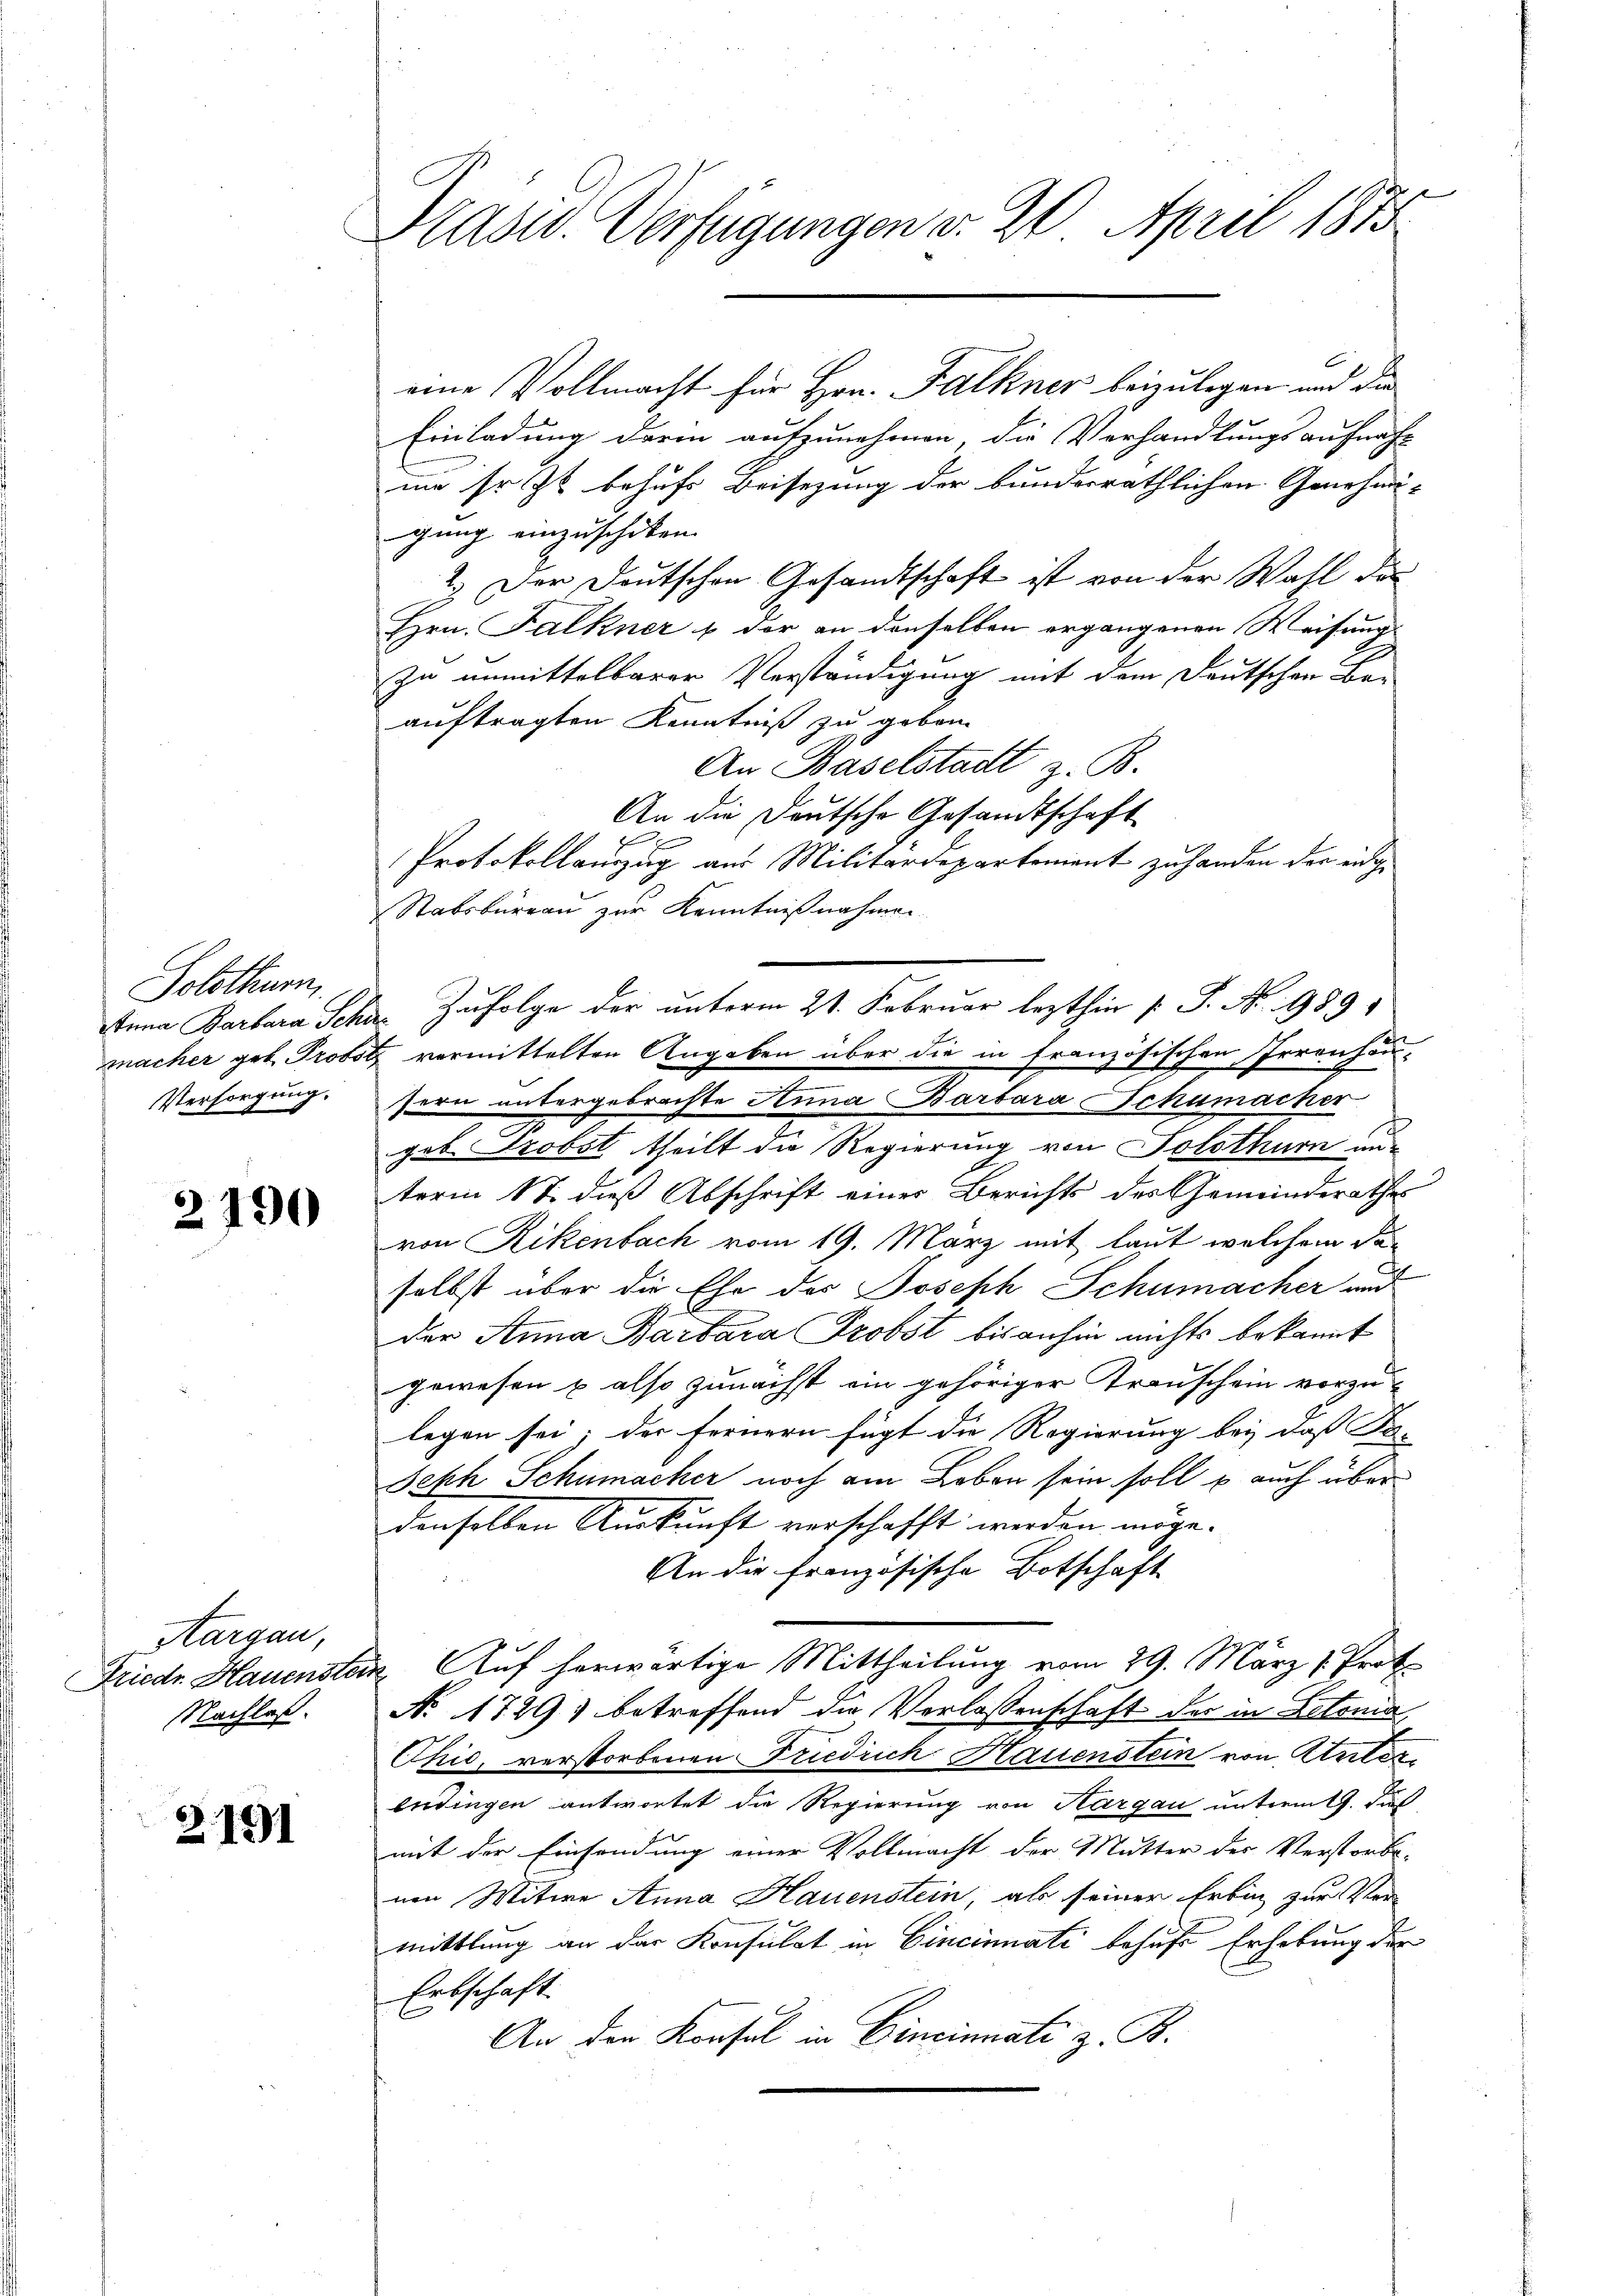
Solothurn
Versorgung.

2190

Aargau,
Nachlaß.

2191

Präsid. Verfügungen v. 20. April 1875

Einladung darin aufzunehmen, die Verhandlungsaufnah-
mme Er zu behufs Beisezung der bunderräthlichen Genehmi-
gung einzuschiken.
2.) Der Deutschen Gesandtschaft ist von der Wahl des
Hrn. Falkner & der an denselben ergangenen Weisung
zu unmittelbarer Verständigung mit dem Deutschen Be-
auftragten Kenntniß zu geben.
An Baselstadt z. B.
An die Deutsche Gesandtschaft
2 x
Protokollauszug aus Militärdepartement zu handen der einge
Stabsbureau zur Kenntnißnahmen
stina Barbara Schan Zufolge der unterm 21. Februar lezthin 1 S. No 989.
macher geb. Probst vermittelten Angaben über die in französischen Irrenhausern untergebrachte Anna Barbara Schumacher
geb. Probst theilt die Regierung von Solothurn au-
term 17. dieß Abschrift einer Berichts des Gemeinderathes
von Rikenbach vom 19. März mit laut welchem daselbst über die Ehe des Joseph Schumacher und
der Anna Barbara Probst bis anhin nichts bekannt
gewesen u. also zunächst ein gehöriger Transchein vorzu-
legen sei; der Fernern fügt die Regierung bei dass Ro- |
Jehh Schumacher noch am Leben sein soll u auch über
denselben Auskunft verschafft werden möge.
An die französische Botschaft
Friedr Hauenster Auf herwärtige Mittheilung vom 29. März 1. Prof.
No 1729) betreffend die Verlassenschaft der in Lehrma
Chić, verstorbenen Friedrich Hauenstein von Unter¬
Endingen antwortet die Regierung von Aargau unterm 19. Fuß
mit der Einsendung einer Vollmacht der Mutter des Verstorbe-
nen Witwe Anna Hauenstein, als seiner Erbin zur Ver-
mittlung an der Konsulat in Cincinati behufs Erhebung der
Erbschaft.
An der Konsul in Cincinnate z. B.

eine Vollmacht für Hrn. Falkner beizulegen und die